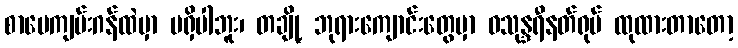
စာပေကျမ်းဂန်ထဲမှာ မရှိပါဘူး၊ တချို့ ဘုရားကျောင်းတွေမှာ ဝသုန္ဒရီနတ်ရုပ် ထုထားတာတော့